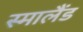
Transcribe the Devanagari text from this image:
स्मालैंड